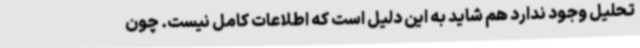
تحلیل وجود ندارد هم شاید به این دلیل است که اطلاعات کامل نیست. چون